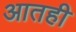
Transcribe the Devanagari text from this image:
आतही